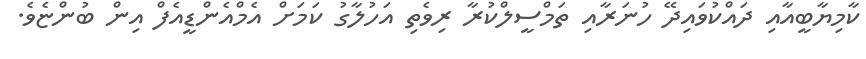
ކާމިޔާބީއާއި ދައްކުވައިދޭ ހުނަރާއި ތަމްސީލްކުރާ ރިވެތި އަހުލާގު ކަމަށް އެމްއެންޑީއެފް އިން ބުންޏެވެ.